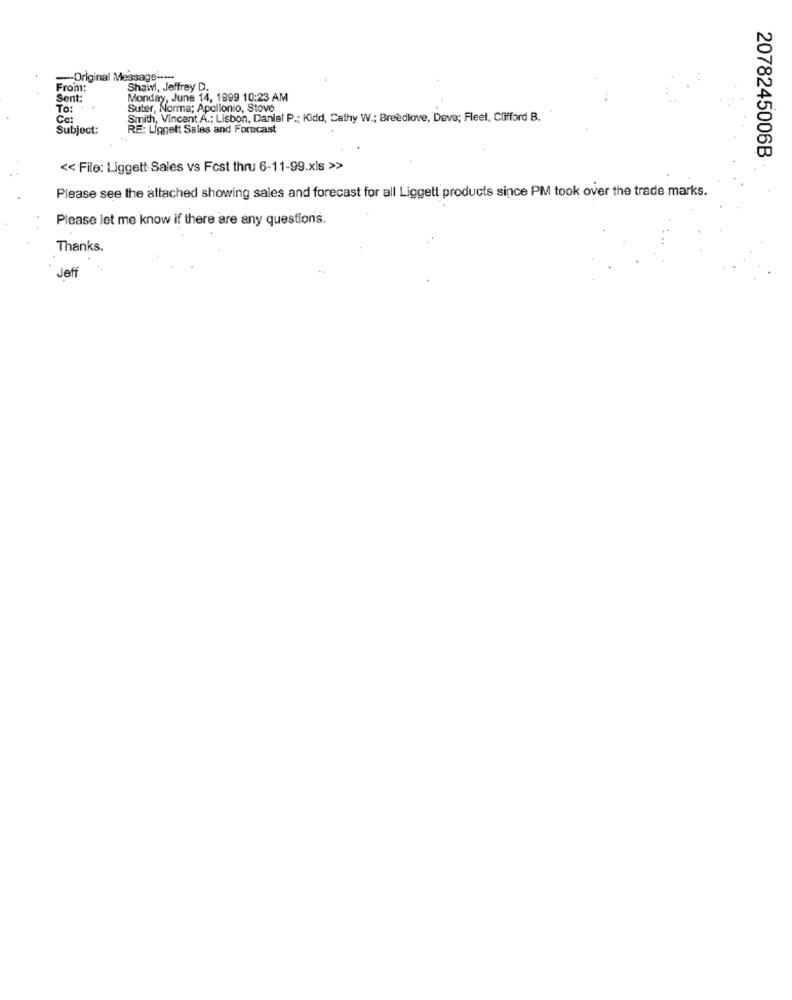
-- Original Message ----
From:
Shawl, Jeffrey D.
Sent:
Monday, June 14, 1999 10:23 AM
To:
Suter, Norma; Apollonio, Stove
Smith, Vincent A .: Lisbon, Daniel P .; Kidd, Cathy W .; Breedlove, Dave; Fleet, Clifford B.
Subject:
RE: Liggett Sales and Forecast
2078245006B
<< File: Liggett Sales vs Fest thru 6-11-99.xls >>
Please see the attached showing sales and forecast for all Liggett products since PM took over the trade marks.
Please let me know if there are any questions.
Thanks.
Jeff